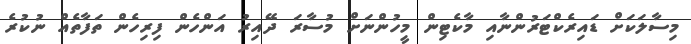
މިސާލަކަށް ޑައިރެކްޓަރުންނާއި މާކެޓިން މީހުންނަށް މުސާރަ ދޭއިރު އަންހެން ފިރިހެން ތަފާތެއް ނުކުރެ